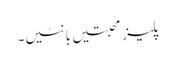
پلیز محبتیں بانٹیں۔